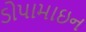
ડોપામાઇન